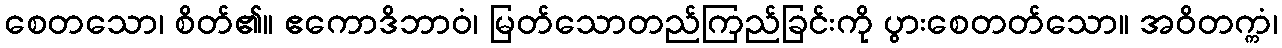
စေတသော၊ စိတ်၏။ ဧကောဒိဘာဝံ၊ မြတ်သောတည်ကြည်ခြင်းကို ပွားစေတတ်သော။ အဝိတက္ကံ၊